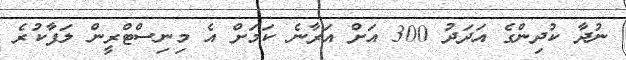
ނުދާ ކުދިންގެ އަދަދު 300 އަށް އަރާނެ ކަމަށް އެ މިނިސްޓްރީން ލަފާކުރެ